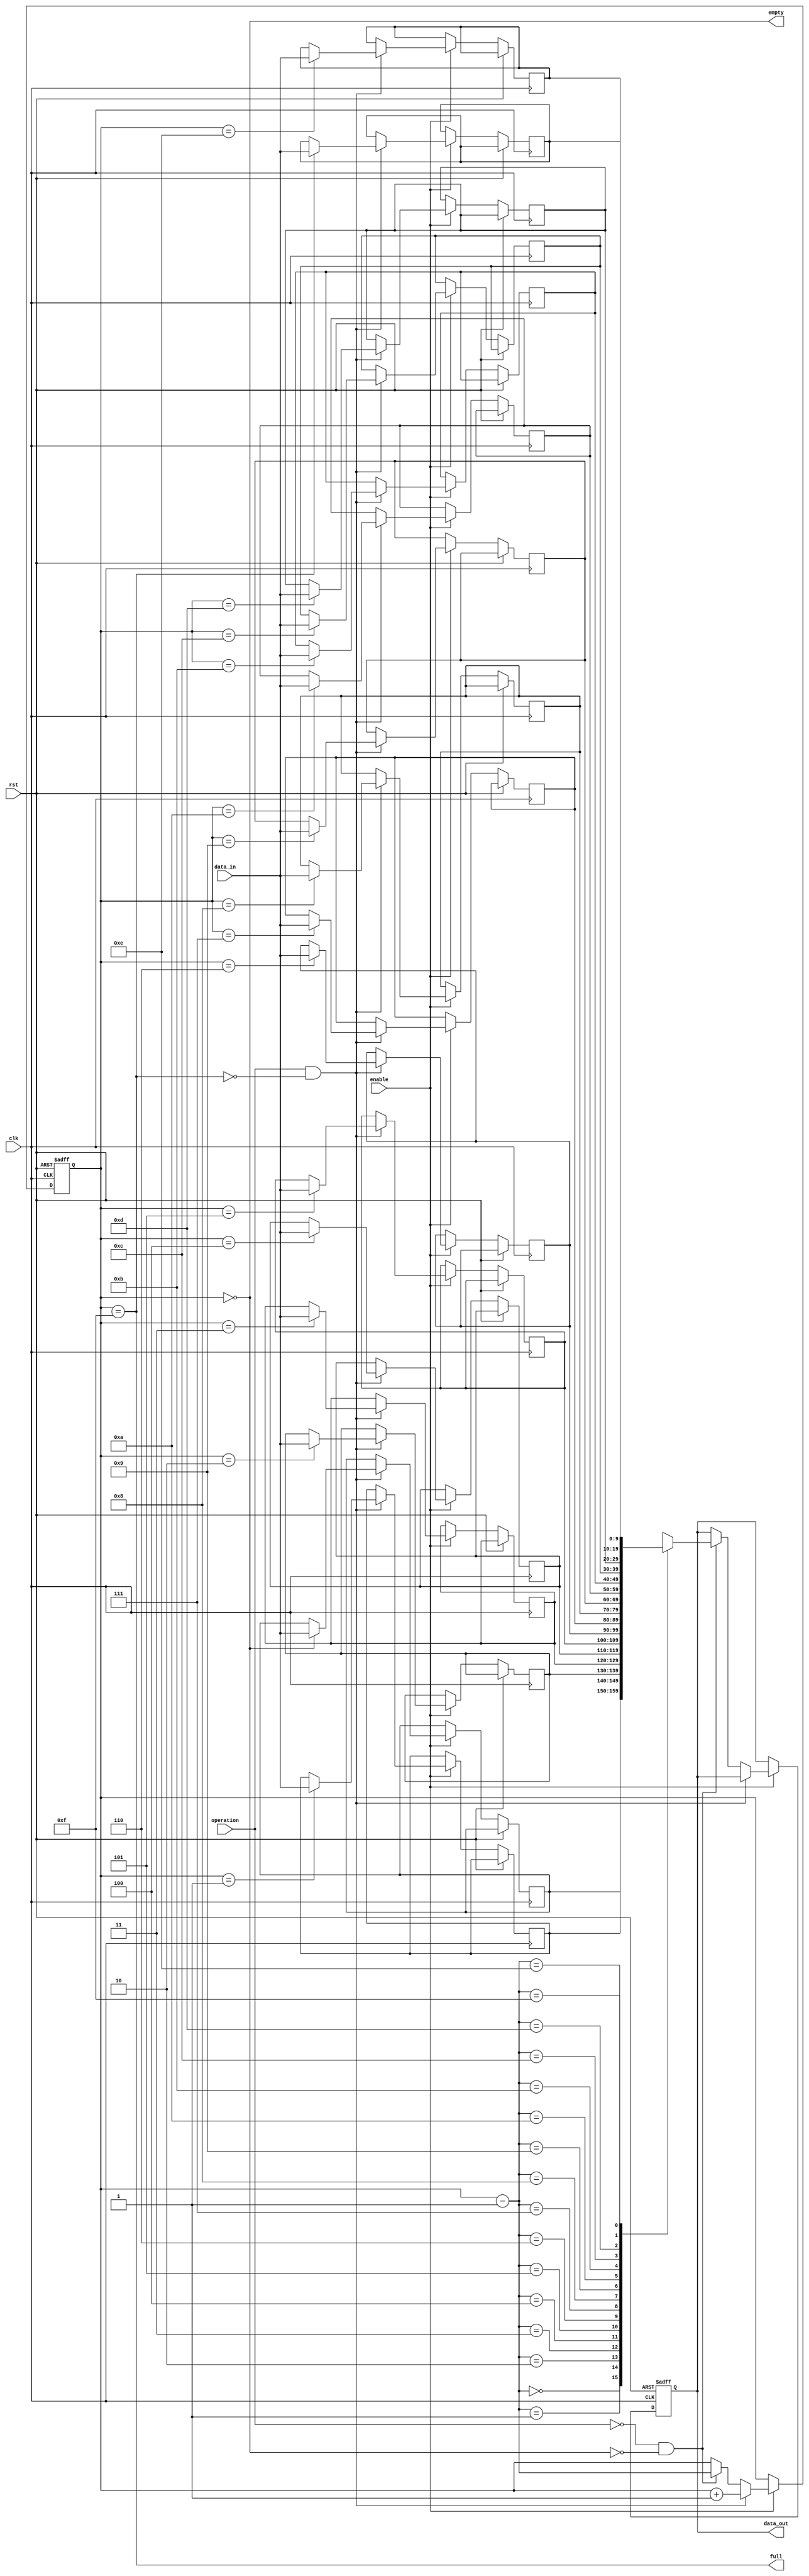
`default_nettype none

module stack (
    input wire clk,
    input wire rst,
    input wire enable,
    input wire operation, // 1 = push, 0 = pop
    input wire [9:0] data_in,
    output reg [9:0] data_out,
    output wire full,
    output wire empty
);
	parameter DEPTH = 16;
	parameter ADDR_WIDTH = 4; // log2(DEPTH)

	// Stack memory and pointer
	reg [9:0] stack_mem [DEPTH - 1:0];
	reg [ADDR_WIDTH - 1:0] stack_ptr = 0;

	// Full and empty flag logic
	assign full = (stack_ptr == (DEPTH - 1));
	assign empty = (stack_ptr == 0);

	always @(posedge clk or posedge rst) begin
	    if (rst) begin
	        stack_ptr <= 0;
	        data_out <= 0;
	    end else begin
			if (enable) begin
				if (operation && !full) begin
					stack_mem[stack_ptr] <= data_in;
					stack_ptr <= stack_ptr + 1;
				end else if (!operation && !empty) begin
					stack_ptr <= stack_ptr - 1;
					data_out <= stack_mem[stack_ptr - 1];
				end
			end
	    end
	end

endmodule